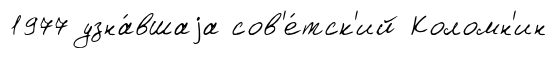
1977 узна́вшаjа сов'е́тск'ий Коломн'ин